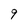
Character: 9